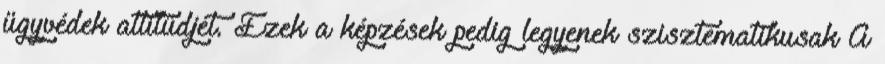
ügyvédek attitűdjét. Ezek a képzések pedig legyenek szisztematikusak A